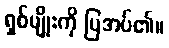
ရှစ်မျိုးကို ပြအပ်၏။